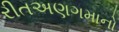
રીતઅણગમાનો